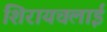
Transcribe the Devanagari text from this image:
शिरायचलाई